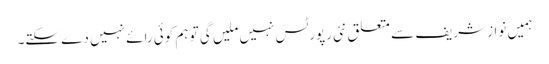
ہمیں نواز شریف سے متعلق نئی رپورٹس نہیں ملیں گی تو ہم کوئی رائے نہیں دے سکتے۔